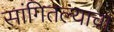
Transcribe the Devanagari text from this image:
सांगितल्याचा